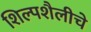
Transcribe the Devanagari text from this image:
शिल्पशैलीचे